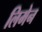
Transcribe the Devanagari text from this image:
लिमेन